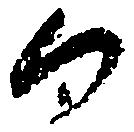
向